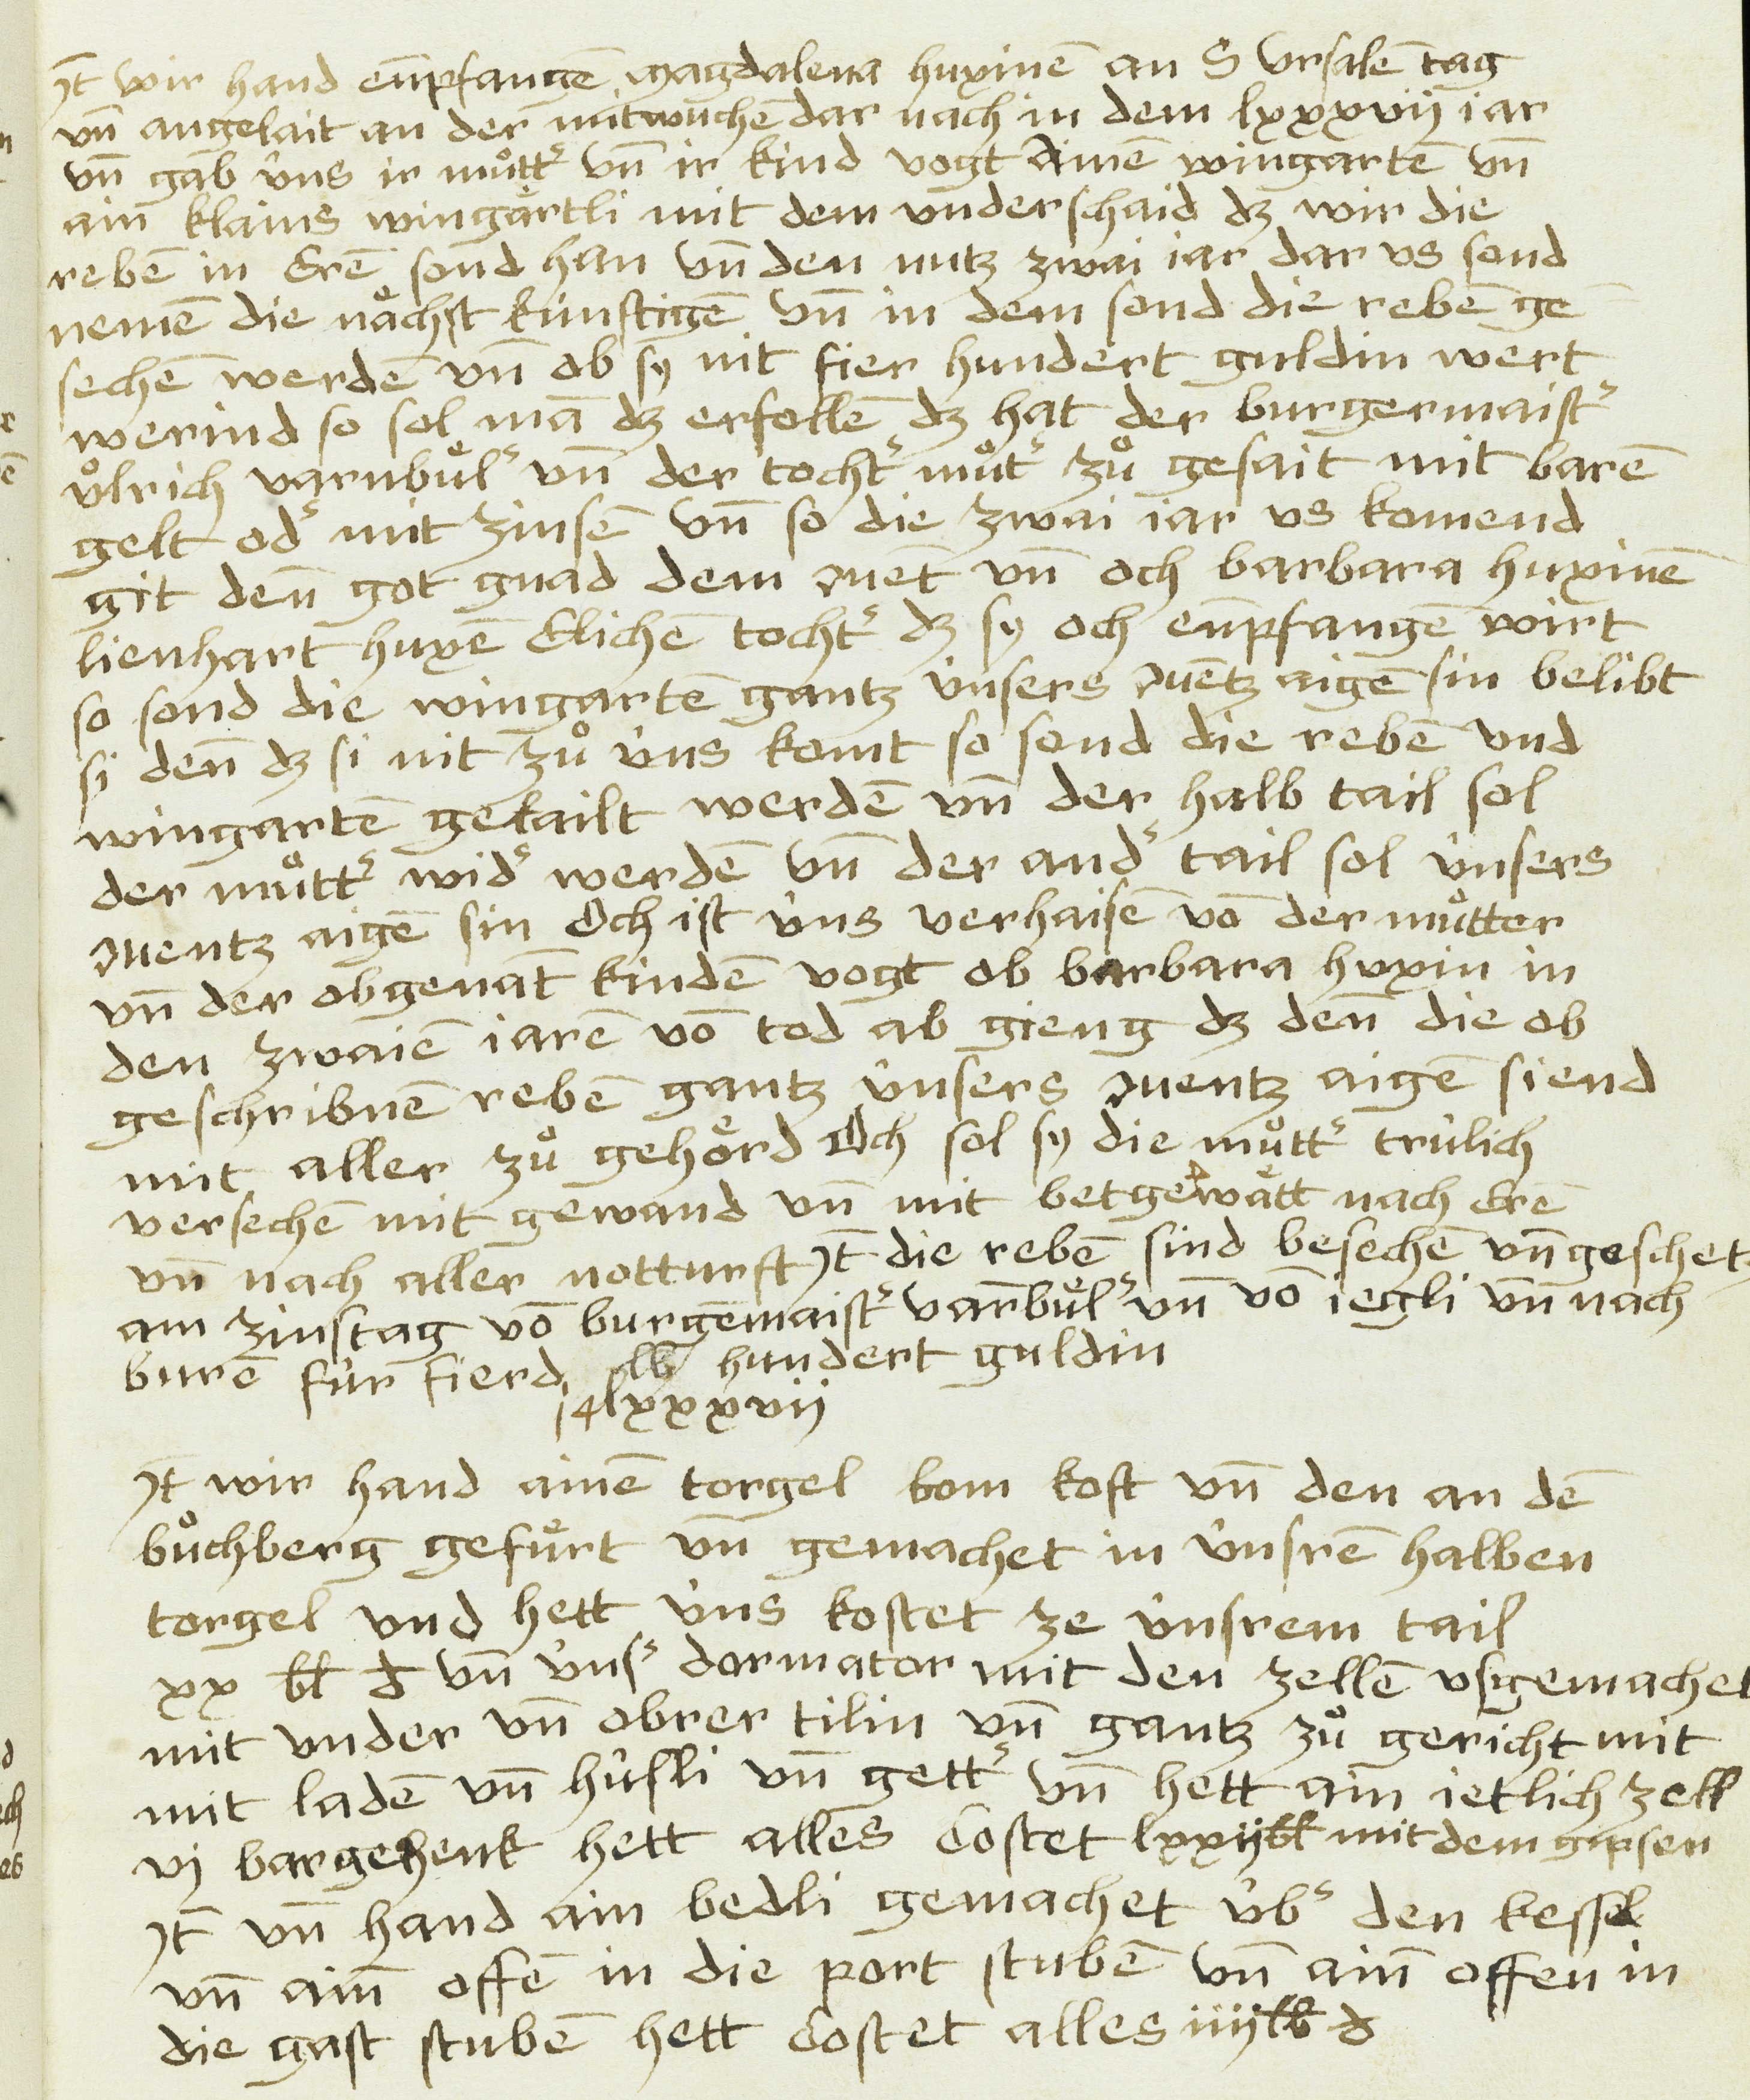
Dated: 1481–1528